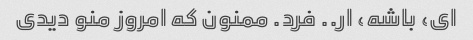
ای، باشه، ار.. فرد. ممنون که امروز منو دیدی